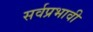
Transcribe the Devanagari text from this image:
सर्वप्रभावी